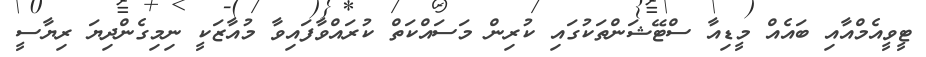
ޓީވީއެމްއާއި ބައެއް މީޑިއާ ސްޓޭޝަންތަކުގައި ކުރިން މަސައްކަތް ކުރައްވާފައިވާ މުއާޒަކީ ނިމިގެންދިޔަ ރިޔާސީ